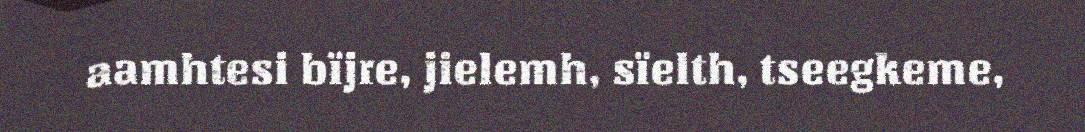
aamhtesi bïjre, jielemh, sïelth, tseegkeme,